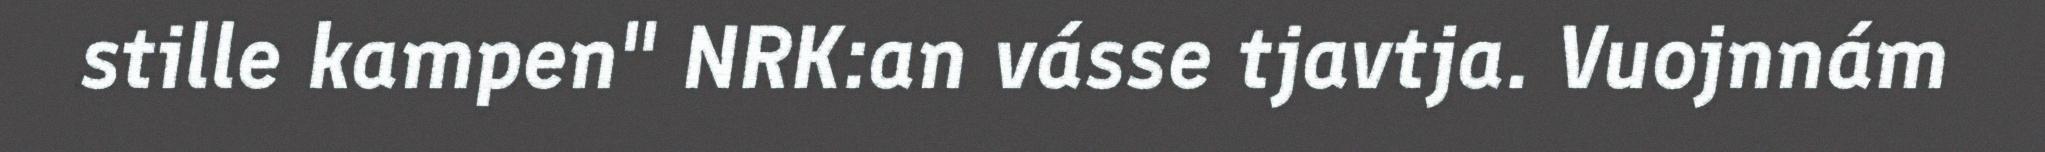
stille kampen" NRK:an vásse tjavtja. Vuojnnám